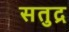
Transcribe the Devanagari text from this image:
सतुद्र